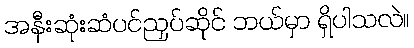
အနီးဆုံးဆံပင်ညှပ်ဆိုင် ဘယ်မှာ ရှိပါသလဲ။